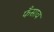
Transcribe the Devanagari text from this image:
फँसाव